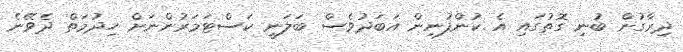
ދިރާގުން ބުނި ގޮތުގައި އެ ކުންފުނިން އަބަދުވެސް ބަލަނީ ކަސްޓަމަރުންނަށް ހިދުމަތް ދެވޭނެ